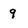
Character: 9